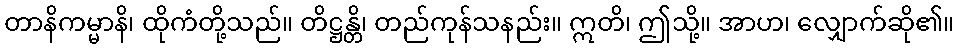
တာနိကမ္မာနိ၊ ထိုကံတို့သည်။ တိဋ္ဌန္တိ၊ တည်ကုန်သနည်း။ ဣတိ၊ ဤသို့။ အာဟ၊ လျှောက်ဆို၏။